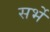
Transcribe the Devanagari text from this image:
सर्भे